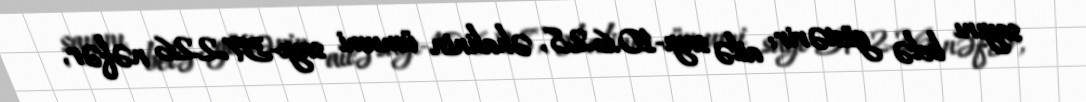
sayını belə göstərir: ailə sayı-10.628, əhalinin ümumi sayı-57.226 nəfər,